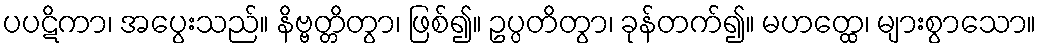
ပပဋိကာ၊ အပွေးသည်။ နိဗ္ဗတ္တိတွာ၊ ဖြစ်၍။ ဥပ္ပတိတွာ၊ ခုန်တက်၍။ မဟတ္ထေ၊ များစွာသော။